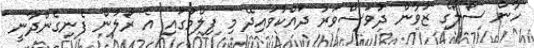
ހާން ސޯލޯގެ ޒުވާން ދުވަސްވަރު ދައްކުވައިދޭ މި ފިލްމުގައި އެ ރޯލުން ފެނިގެންދާނީ